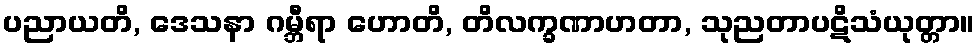
ပညာယတိ, ဒေသနာ ဂမ္ဘီရာ ဟောတိ, တိလက္ခဏာဟတာ, သုညတာပဋိသံယုတ္တာ။